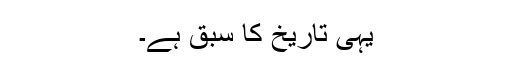
یہی تاریخ کا سبق ہے۔